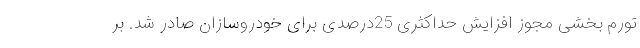
تورم بخشی مجوز افزایش حداکثری 25درصدی برای خودروسازان صادر شد. بر